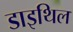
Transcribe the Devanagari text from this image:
डाइथिल